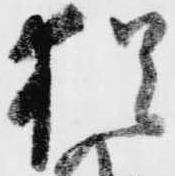
猶